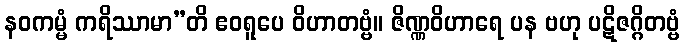
နဝကမ္မံ ကရိဿာမာ”တိ ဧဝရူပေ ဝိဟာတဗ္ဗံ။ ဇိဏ္ဏဝိဟာရေ ပန ဗဟု ပဋိဇဂ္ဂိတဗ္ဗံ